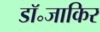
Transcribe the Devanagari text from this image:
डॉ॰जाकिर